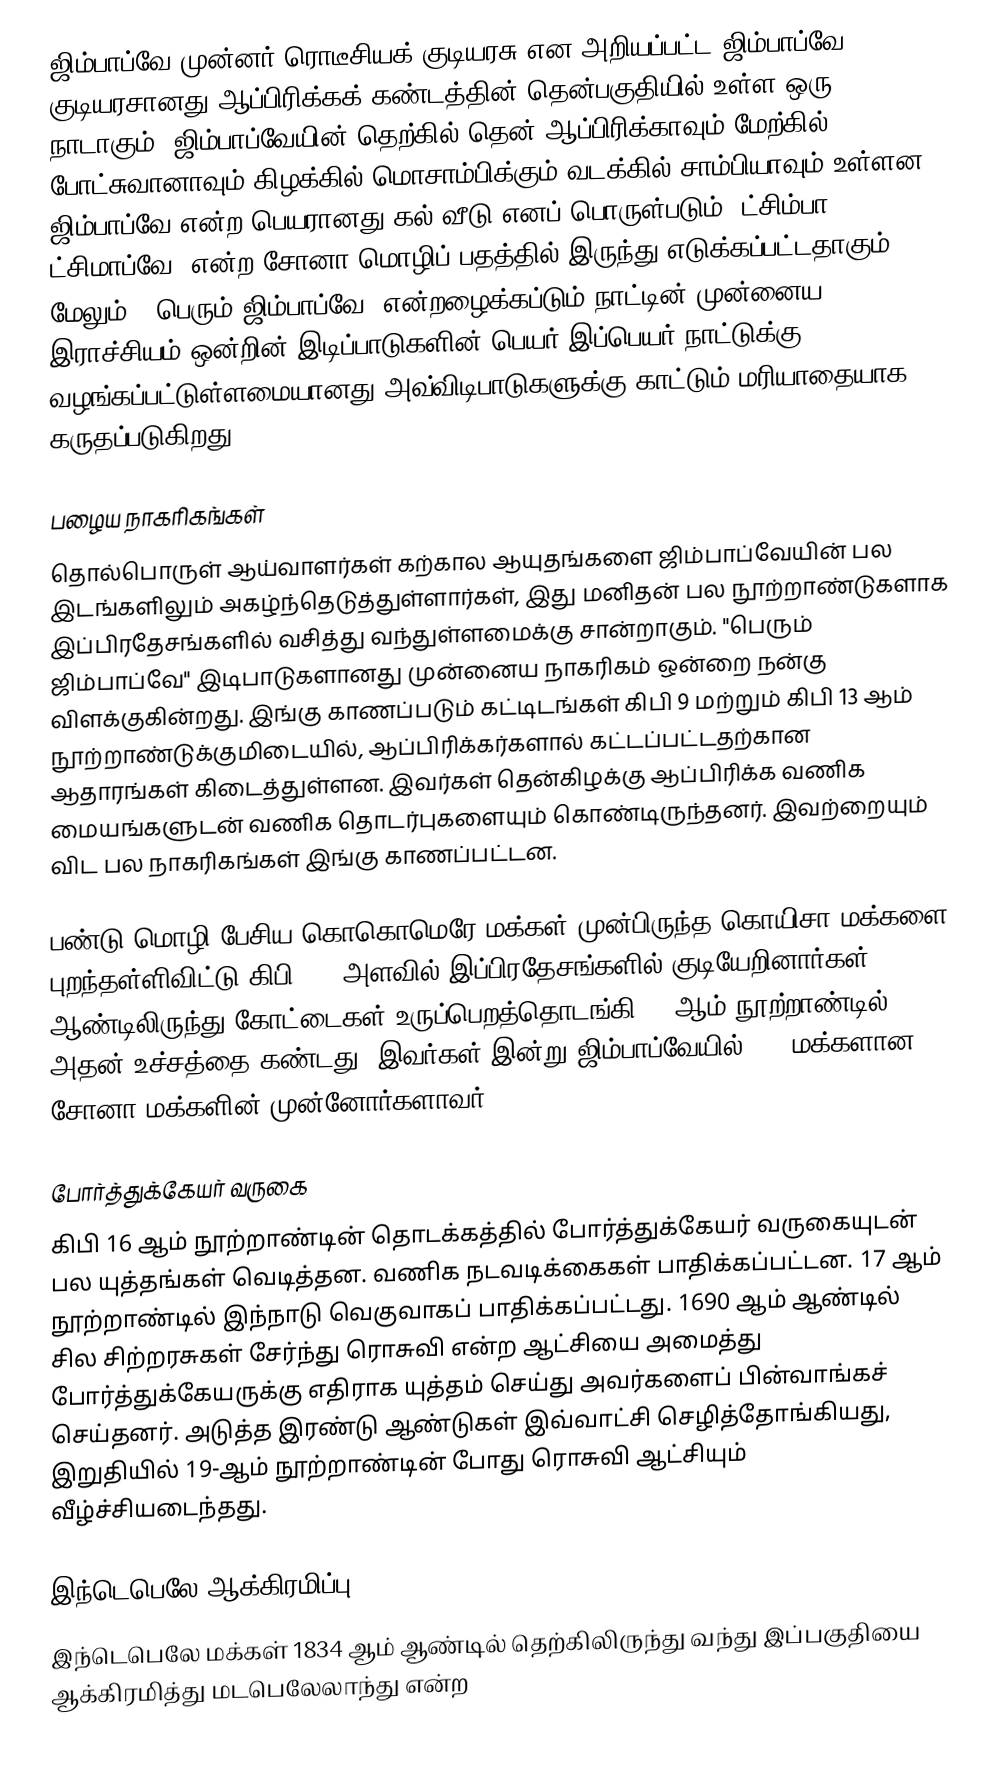
ஜிம்பாப்வே முன்னர் ரொடீசியக் குடியரசு என அறியப்பட்ட ஜிம்பாப்வே குடியரசானது ஆப்பிரிக்கக் கண்டத்தின் தென்பகுதியில் உள்ள ஒரு நாடாகும். ஜிம்பாப்வேயின் தெற்கில் தென் ஆப்பிரிக்காவும் மேற்கில் போட்சுவானாவும் கிழக்கில் மொசாம்பிக்கும் வடக்கில் சாம்பியாவும் உள்ளன. ஜிம்பாப்வே என்ற பெயரானது கல் வீடு எனப் பொருள்படும் "ட்சிம்பா ட்சிமாப்வே" என்ற சோனா மொழிப் பதத்தில் இருந்து எடுக்கப்பட்டதாகும். மேலும், "பெரும் ஜிம்பாப்வே" என்றழைக்கப்டும் நாட்டின் முன்னைய இராச்சியம் ஒன்றின் இடிப்பாடுகளின் பெயர் இப்பெயர் நாட்டுக்கு வழங்கப்பட்டுள்ளமையானது அவ்விடிபாடுகளுக்கு காட்டும் மரியாதையாக கருதப்படுகிறது.

பழைய நாகரிகங்கள்
தொல்பொருள் ஆய்வாளர்கள் கற்கால ஆயுதங்களை ஜிம்பாப்வேயின் பல இடங்களிலும் அகழ்ந்தெடுத்துள்ளார்கள், இது மனிதன் பல நூற்றாண்டுகளாக இப்பிரதேசங்களில் வசித்து வந்துள்ளமைக்கு சான்றாகும். "பெரும் ஜிம்பாப்வே" இடிபாடுகளானது முன்னைய நாகரிகம் ஒன்றை நன்கு விளக்குகின்றது. இங்கு காணப்படும் கட்டிடங்கள் கிபி 9 மற்றும் கிபி 13 ஆம் நூற்றாண்டுக்குமிடையில், ஆப்பிரிக்கர்களால் கட்டப்பட்டதற்கான ஆதாரங்கள் கிடைத்துள்ளன. இவர்கள் தென்கிழக்கு ஆப்பிரிக்க வணிக மையங்களுடன் வணிக தொடர்புகளையும் கொண்டிருந்தனர். இவற்றையும் விட பல நாகரிகங்கள் இங்கு காணப்பட்டன.

பண்டு மொழி பேசிய கொகொமெரே மக்கள் முன்பிருந்த கொயிசா மக்களை புறந்தள்ளிவிட்டு கிபி 500 அளவில் இப்பிரதேசங்களில் குடியேறினார்கள். 1000 ஆண்டிலிருந்து கோட்டைகள் உருப்பெறத்தொடங்கி 15 ஆம் நூற்றாண்டில் அதன் உச்சத்தை கண்டது. இவர்கள் இன்று ஜிம்பாப்வேயில் 80% மக்களான சோனா மக்களின் முன்னோர்களாவர்.

போர்த்துக்கேயர் வருகை
கிபி 16 ஆம் நூற்றாண்டின் தொடக்கத்தில் போர்த்துக்கேயர் வருகையுடன் பல யுத்தங்கள் வெடித்தன. வணிக நடவடிக்கைகள் பாதிக்கப்பட்டன. 17 ஆம் நூற்றாண்டில் இந்நாடு வெகுவாகப் பாதிக்கப்பட்டது. 1690 ஆம் ஆண்டில் சில சிற்றரசுகள் சேர்ந்து ரொசுவி என்ற ஆட்சியை அமைத்து போர்த்துக்கேயருக்கு எதிராக யுத்தம் செய்து அவர்களைப் பின்வாங்கச் செய்தனர். அடுத்த இரண்டு ஆண்டுகள் இவ்வாட்சி செழித்தோங்கியது, இறுதியில் 19-ஆம் நூற்றாண்டின் போது ரொசுவி ஆட்சியும் வீழ்ச்சியடைந்தது.

இந்டெபெலே ஆக்கிரமிப்பு
இந்டெபெலே மக்கள் 1834 ஆம் ஆண்டில் தெற்கிலிருந்து வந்து இப்பகுதியை ஆக்கிரமித்து மடபெலேலாந்து என்ற